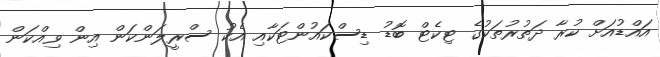
އައްޑުއަށް ކުރާ ދަތުރުތަކުގެ ޓިކެޓް ބޮޑު ޑިސްކައުންޓަކާއި އެކު ސްރީލަންކަން އިން ވިއްކަން